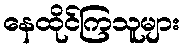
နေထိုင်ကြသူများ